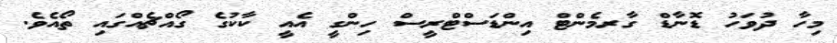
މިހާ ދުވަހު ޑޮނާޑް ގާރމެންޓް އިންޑަސްޓްރީސް ހިންގީ އެއީ ކާކުގެ ގޯއްޗެއްގައި ތޯއެވެ.